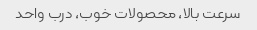
سرعت بالا، محصولات خوب، درب واحد